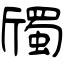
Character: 斶